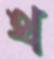
থ